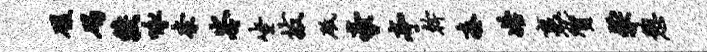
磋碣较咏奈岑坐拔砥豪亭干凑始裹质粲憩